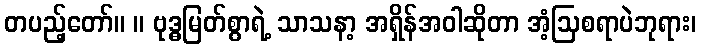
တပည့်တော်။ ။ ဗုဒ္ဓမြတ်စွာရဲ့ သာသနာ့ အရှိန်အဝါဆိုတာ အံ့ဩစရာပဲဘုရား၊